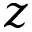
z